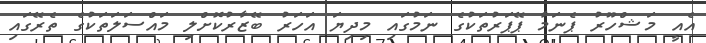
އެއީ މަޝްހޫރު ޕެނަމާ ޕޭޕަރުތަކުގެ ނަމުގައި މިދިޔަ އަހަރު ބޭޒާރުކޮށްލި މައްސަލަތަކުގެ ތެރޭގައި